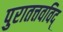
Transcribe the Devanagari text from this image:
पुरातत्तवविद्